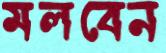
মলবেন